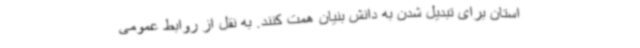
استان برای تبدیل شدن به دانش بنیان همت کنند. به نقل از روابط عمومی